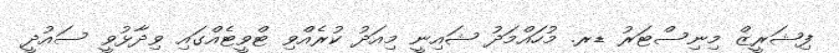
ފިޝަރީޒް މިނިސްޓަރު ޑރ. މުހައްމަދު ޝައިނީ މިއަދު ކުރެއްވި ޓްވީޓެއްގައި ވިދާޅުވީ ސައުދީ